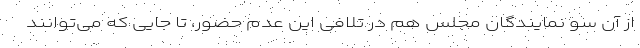
از آن سو نمایندگان مجلس هم در تلافی این عدم حضور، تا جایی که می‌توانند